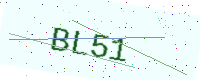
Text: BL51